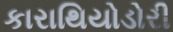
કારાથિયોડોરી